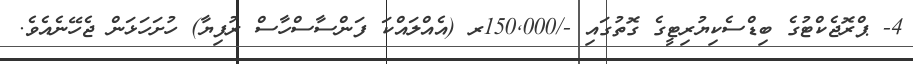
4- ޕްރޮޖެކްޓުގެ ބިޑްސެކިޔުރިޓީގެ ގޮތުގައި -/150